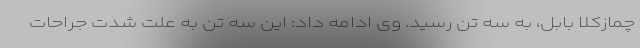
چمازکلا بابل، به سه تن رسید. وی ادامه داد: این سه تن به علت شدت جراحات